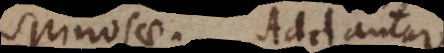
Spinosae. Addantur